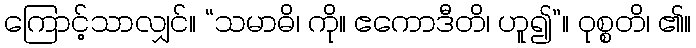
ကြောင့်သာလျှင်။ “သမာဓိ၊ ကို။ ဧကောဒီတိ၊ ဟူ၍”။ ဝုစ္စတိ၊ ၏။